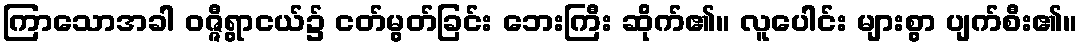
ကြာသောအခါ ဝဇ္ဇီရွာငယ်၌ ငတ်မွတ်ခြင်း ဘေးကြီး ဆိုက်၏။ လူပေါင်း များစွာ ပျက်စီး၏။